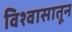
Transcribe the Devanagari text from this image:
विश्वासातून